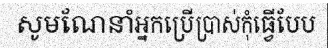
សូមណែនាំអ្នកប្រើប្រាស់កុំធ្វើបែប